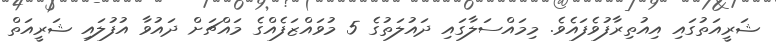
ޝަރީއަތުގައި އިއުތިރާފުވެފައެވެ. މިމައްސަލާގައި ދައުލަތުގެ 5 މުވައްޒަފެއްގެ މައްޗަށް ދައުވާ އުފުލައި ޝަރީއަތް